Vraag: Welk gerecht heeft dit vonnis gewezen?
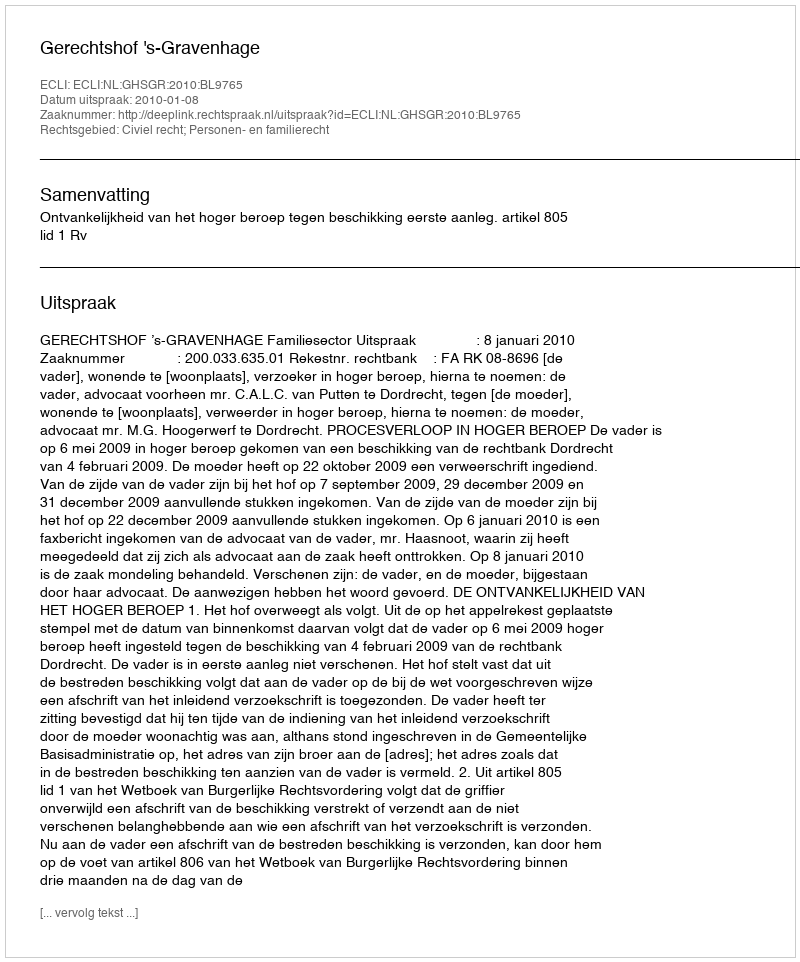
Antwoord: Gerechtshof 's-Gravenhage